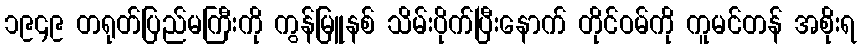
၁၉၄၉ တရုတ်ပြည်မကြီးကို ကွန်မြူနစ် သိမ်းပိုက်ပြီးနောက် တိုင်ဝမ်ကို ကူမင်တန် အစိုးရ